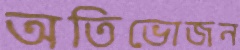
অতিভোজন